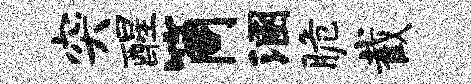
突醒筒溷脆截